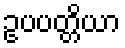
ဥပပတ္တိယာ